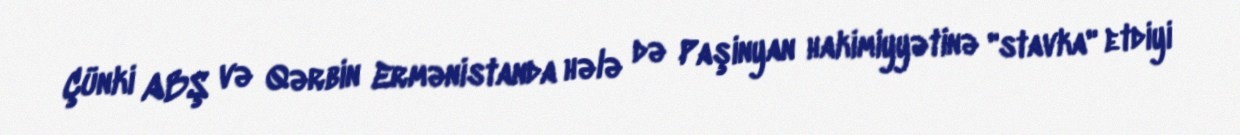
Çünki ABŞ və Qərbin Ermənistanda hələ də Paşinyan hakimiyyətinə "stavka" etdiyi